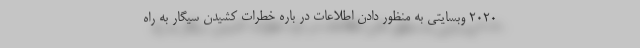
۲۰۲۰ وبسایتی به منظور دادن اطلاعات در باره خطرات کشیدن سیگار به راه